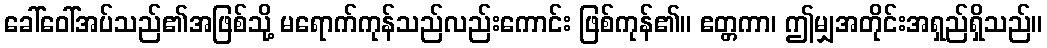
ခေါ်ဝေါ်အပ်သည်၏အဖြစ်သို့ မရောက်ကုန်သည်လည်းကောင်း ဖြစ်ကုန်၏။ ဧတ္တကာ၊ ဤမျှအတိုင်းအရှည်ရှိသည်။